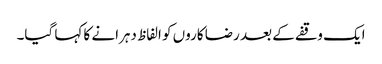
ایک وقفے کے بعد رضا کاروں کو الفاظ دہرانے کا کہا گیا۔